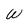
Character: W